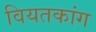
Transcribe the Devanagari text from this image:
वियतकांग